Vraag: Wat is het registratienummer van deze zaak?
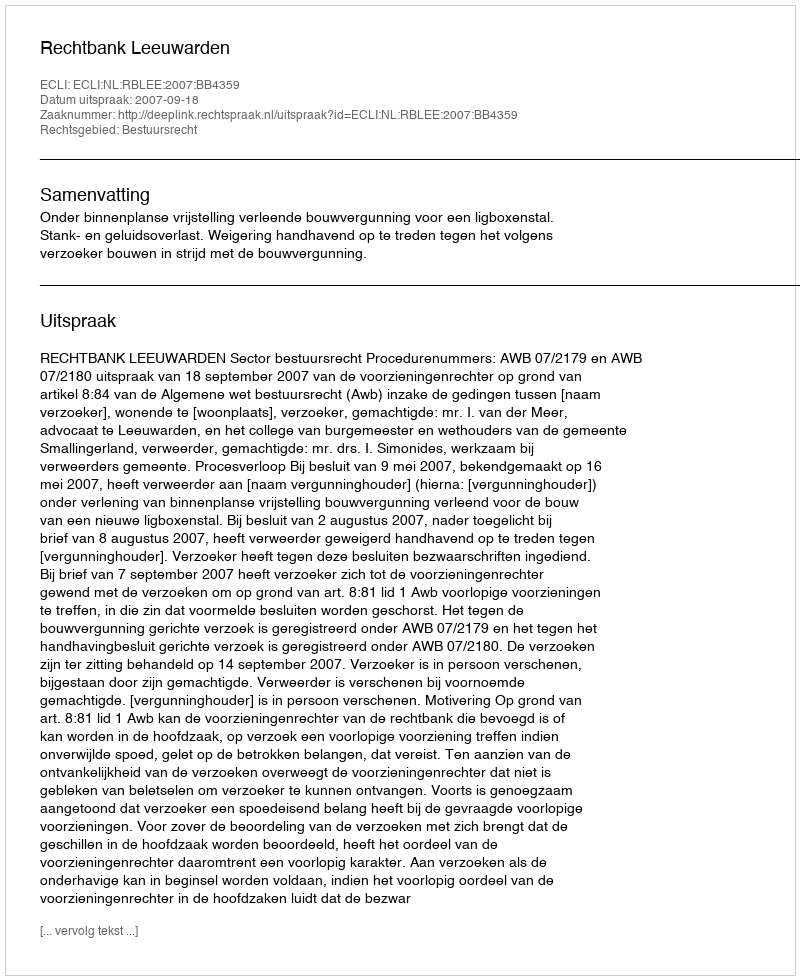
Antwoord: http://deeplink.rechtspraak.nl/uitspraak?id=ECLI:NL:RBLEE:2007:BB4359